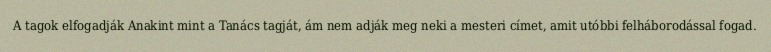
A tagok elfogadják Anakint mint a Tanács tagját, ám nem adják meg neki a mesteri címet, amit utóbbi felháborodással fogad.